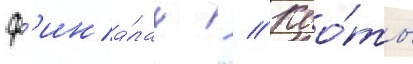
ф'ина́лах - // Кво́ты